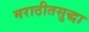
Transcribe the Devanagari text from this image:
मराठीतसुद्धा